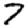
Digit: 7